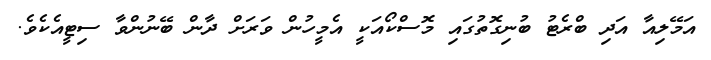
އަމޭލިއާ އަދި ބްރެޓު ބުނިގޮތުގައި މޮސްކޯއަކީ އެމީހުން ވަރަށް ދާން ބޭނުންވާ ސިޓީއެކެވެ.